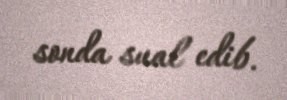
sonda sual edib.